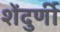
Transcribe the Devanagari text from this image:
शेंदुर्णी